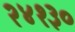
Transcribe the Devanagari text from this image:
२४१३०